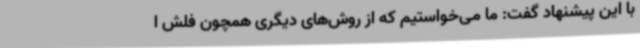
با این پیشنهاد گفت: ما می‌خواستیم که از روش‌های دیگری همچون فلش ا